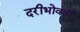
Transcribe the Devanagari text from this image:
दरीभोवती